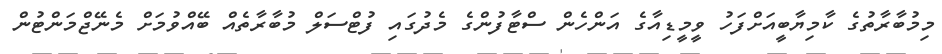
މިމުބާރާތުގެ ކާމިޔާބީއަށްފަހު ވީމީޑިއާގެ އަންހެން ސްޓާފުންގެ މެދުގައި ފުޓްސަލް މުބާރާތެއް ބޭއްވުމަށް މެނޭޖްމަންޓުން